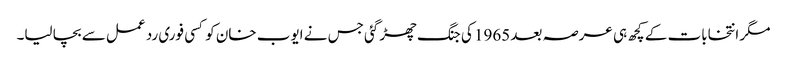
مگر انتخابات کے کچھ ہی عرصہ بعد 1965 کی جنگ چھڑ گئی جس نے ایوب خان کو کسی فوری رد عمل سے بچا لیا۔